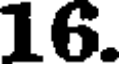
16.